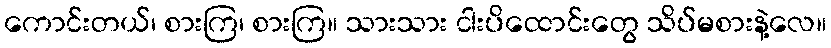
ကောင်းတယ်၊ စားကြ၊ စားကြ။ သားသား ငါးပိထောင်းတွေ သိပ်မစားနဲ့လေ။